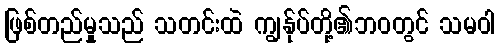
ဖြစ်တည်မှုသည် သတင်းထဲ ကျွန်ုပ်တို့၏ဘဝတွင် သမဝါ